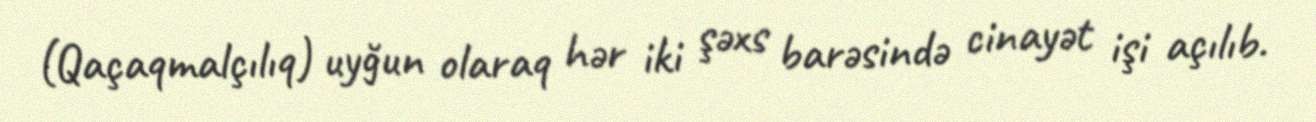
(Qaçaqmalçılıq) uyğun olaraq hər iki şəxs barəsində cinayət işi açılıb.